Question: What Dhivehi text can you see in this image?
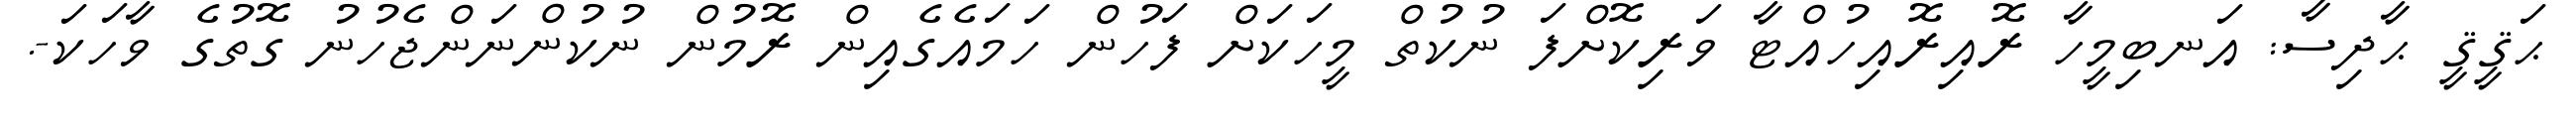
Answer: ޙަޤީޤީ ޙާދިސާ: އަނބިމީހާ ރޮއިރޮއިހުއްޓާ ވަރިކޮށްފަ ނުކުތް މީހަކަށް ފަހުން ހަމައެގެއިން ރޮމުން ނުކުންނަންޖެހުނު ގޮތުގެ ވާހަކަ-.